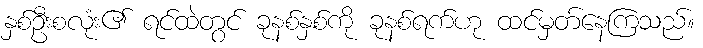
နှစ်ဦးစလုံး၏ ရင်ထဲတွင် ခုနစ်နှစ်ကို ခုနစ်ရက်ဟု ထင်မှတ်နေကြသည်။